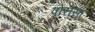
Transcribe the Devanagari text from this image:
पोरोसा